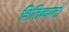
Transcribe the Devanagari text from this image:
शितिकण्ठों